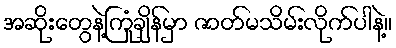
အဆိုးတွေနဲ့ကြုံချိန်မှာ ဇာတ်မသိမ်းလိုက်ပါနဲ့။